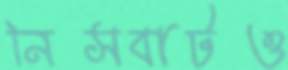
নিসবাটও